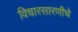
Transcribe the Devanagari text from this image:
विचारसारणीचे